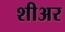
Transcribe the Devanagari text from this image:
शीअर